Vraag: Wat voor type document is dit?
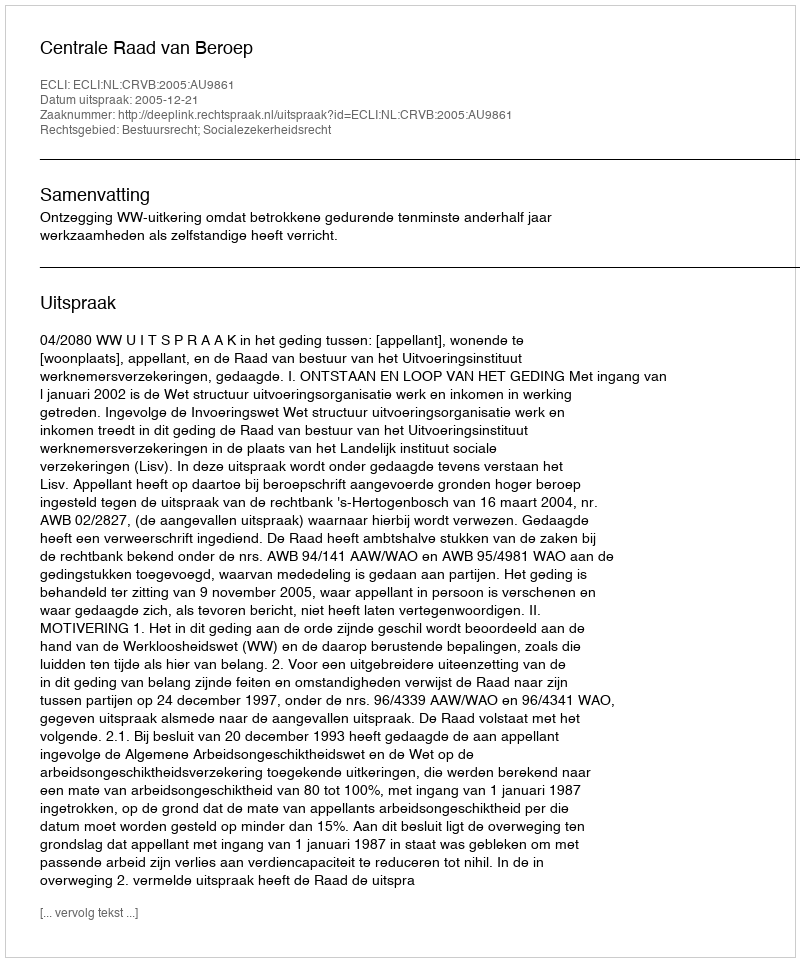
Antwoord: Uitspraak